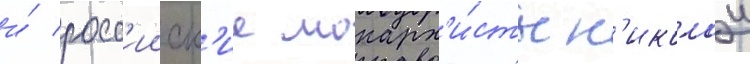
и́ росс'ииск'ие монарх'и́сты н'иколаи